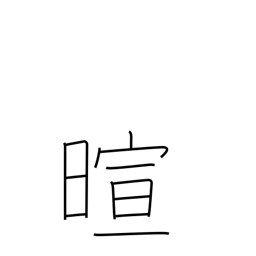
Meaning: warm weather